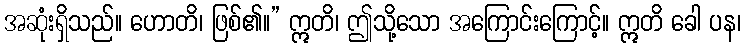
အဆုံးရှိသည်။ ဟောတိ၊ ဖြစ်၏။” ဣတိ၊ ဤသို့သော အကြောင်းကြောင့်။ ဣတိ ခေါ ပန၊